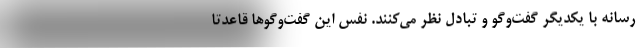
رسانه با یکدیگر گفت‌وگو و تبادل نظر می‌کنند. نفس این گفت‌وگوها قاعدتا